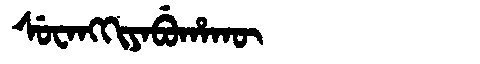
Manchu: ᠰᡠᠸᠠᠩᡴᡳᠶᠠᠪᡠᡥᠠᡴᡡ
Romanization: SUWANGKIYABUHAKŪ